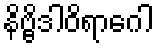
နိဗ္ဗိဒါဝိရာဂေါ